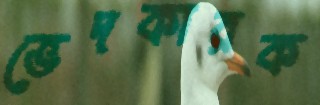
ভেদকারক